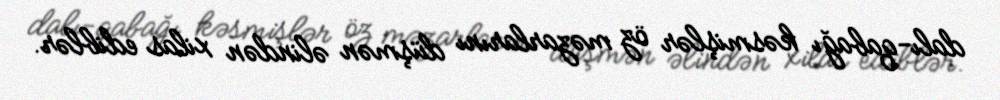
dalı-qabağı kəsmişlər öz məzarlarını düşmən əlindən xilas ediblər.